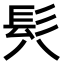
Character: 𩫵